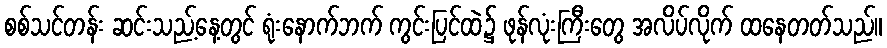
စစ်သင်တန်း ဆင်းသည့်နေ့တွင် ရုံးနောက်ဘက် ကွင်းပြင်ထဲ၌ ဖုန်လုံးကြီးတွေ အလိပ်လိုက် ထနေတတ်သည်။